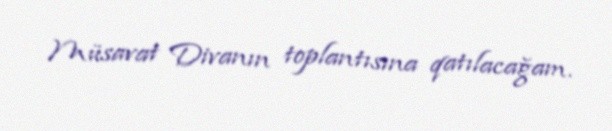
Müsavat Divanın toplantısına qatılacağam.